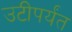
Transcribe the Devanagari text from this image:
उटीपर्यंत